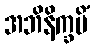
အဘိနိက္ခမိံ